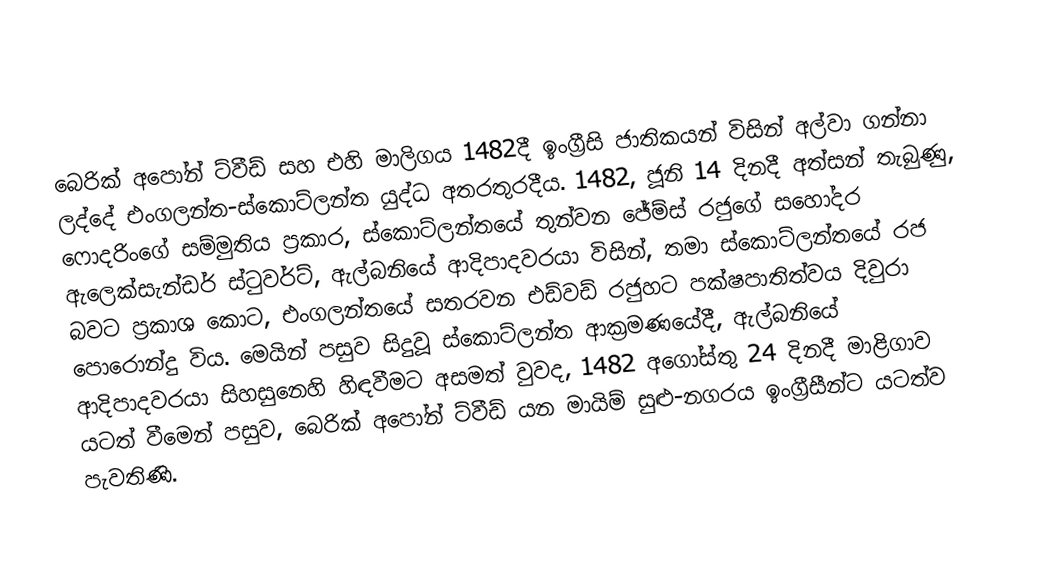
බෙරික් අපෝන් ට්වීඩ් සහ එහි මාලිගය 1482දී ඉංග්‍රීසි ජාතිකයන් විසින් අල්වා ගන්නා ලද්දේ එංගලන්ත-ස්කොට්ලන්ත යුද්ධ අතරතුරදීය. 1482, ජූනි 14 දිනදී අත්සන් තැබුණු,  ෆොදරිංගේ සම්මුතිය ප්‍රකාර,   ස්කොට්ලන්තයේ තුන්වන ජේම්ස් රජුගේ සහෝදර ඇලෙක්සැන්ඩර් ස්ටුවර්ට්, ඇල්බනියේ ආදිපාදවරයා විසින්, තමා ස්කොට්ලන්තයේ රජ බවට ප්‍රකාශ කොට, එංගලන්තයේ සතරවන එඩ්වඩ් රජුහට  පක්ෂපාතිත්වය දිවුරා පොරොන්දු විය. මෙයින් පසුව සිදුවූ ස්කොට්ලන්ත ආක්‍රමණයේදී, ඇල්බනියේ ආදිපාදවරයා සිහසුනෙහි හිඳවීමට අසමත් වුවද, 1482 අගෝස්තු 24 දිනදී මාළිගාව යටත් වීමෙන් පසුව, බෙරික් අපෝන් ට්වීඩ් යන මායිම් සුළු-නගරය ඉංග්‍රීසීන්ට යටත්ව පැවතිණි.